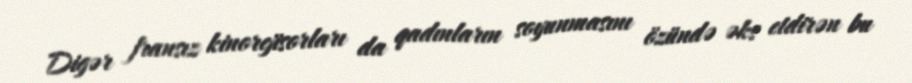
Digər fransız kinorejisorları da qadınların soyunmasını özündə əks etdirən bu